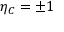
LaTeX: \eta _ { C } = \pm 1